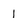
Character: 1